Leaving Certificate Examination (including Day School Certificate (Higher) General paper), 1936
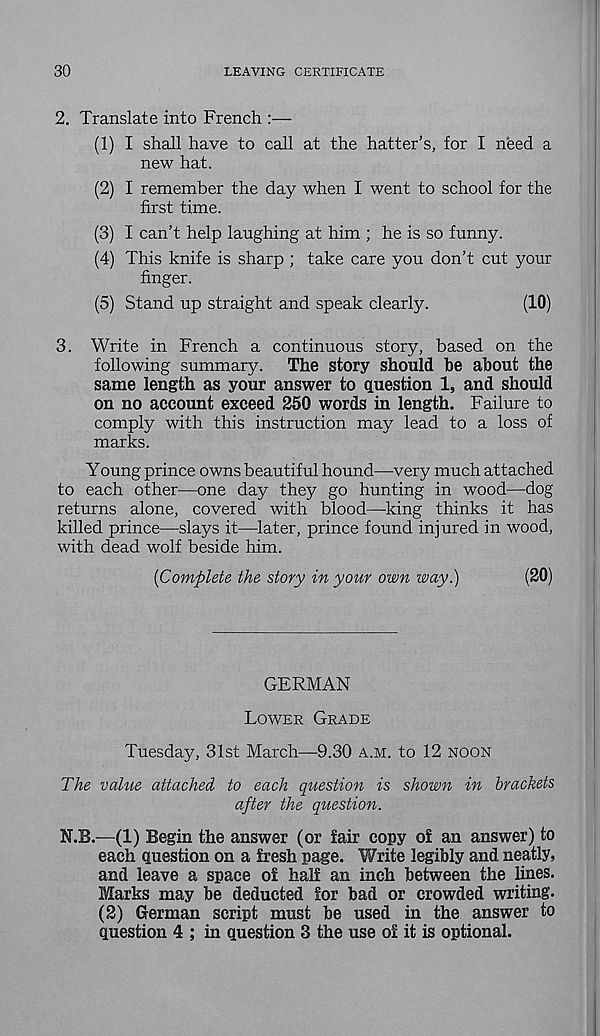
30
LEAVING CERTIFICATE
2. Translate into French :—
(1) I shall have to call at the hatter’s, for I need a
new hat.
(2) I remember the day when I went to school for the
first time.
(3) I can’t help laughing at him ; he is so funny.
(4) This knife is sharp ; take care you don’t cut your
finger.
(5) Stand up straight and speak clearly.
(10)
3. Write in French a continuous story, based on the
following summary.
The story should be about the
same length as your answer to question 1, and should
on no account exceed 250 words in length. Failure to
comply with this instruction may lead to a loss of
marks.
Young prince owns beautiful hound—very much attached
to each other—one day they go hunting in wood—dog
returns alone, covered with blood—king thinks it has
killed prince—slays it—later, prince found injured in wood,
with dead wolf beside him.
[Complete the story in your own way.)
(20)
GERMAN
Lower Grade
Tuesday, 31st March—9.30 a.m. to 12 noon
The value attached to each question is shown in brackets
after the question.
N.B.—(1) Begin the answer (or fair copy of an answer) to
each question on a fresh page. Write legibly and neatly,
and leave a space of half an inch between the lines.
Marks may be deducted for bad or crowded writing.
(2) German script must be used in the answer to
question 4 ; in question 3 the use of it is optional.